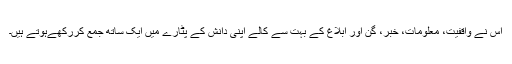
اس نے واقفیت، معلومات، خبر، گُن اور ابلاغ کے بہت سے کالے اپنی دانش کے پٹارے میں ایک ساتھ جمع کررکھےہوتے ہیں۔